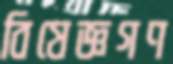
বিষেজ্ঞগণ